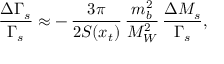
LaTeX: \frac { \Delta \Gamma _ { s } } { \Gamma _ { s } } \approx - \, \frac { 3 \pi } { 2 S ( x _ { t } ) } \, \frac { m _ { b } ^ { 2 } } { M _ { W } ^ { 2 } } \, \frac { \Delta M _ { s } } { \Gamma _ { s } } ,